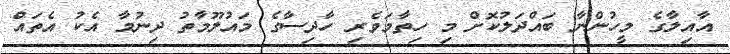
އާއިލާގެ މީހުންނާ ބައްދަލުކޮށް މި ހިތާމަވެރި ހާދިސާގެ މައުލޫމާތު ދިނުމާ އެކު އެތައް